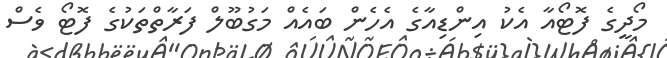
މޯދީގެ ފޮޓޯއާ އެކު އިންޑިއާގެ އެހެން ބައެއް މަގުބޫލް ފަރާތްތަކުގެ ފޮޓޯ ވެސް